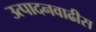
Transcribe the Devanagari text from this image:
उत्पादनवाढीस